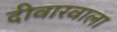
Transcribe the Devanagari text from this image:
दीवारवाला